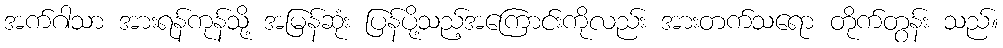
အက်ဂါသာ အားရန်ကုန်သို့ အမြန်ဆုံး ပြန်ပို့သည့်အကြောင်းကိုလည်း အားတက်သရော တိုက်တွန်း သည်။